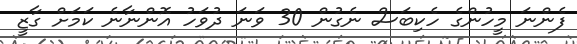
ފެންނަ މީހުންގެ ހެކިބަސް ނެގުން 30 ވަނަ ދުވަހު އޮންނާނެ ކަމަށް ގާޒީ